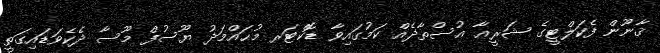
ޤާނޫން ފެކަލްޓީގެ ޝަރީޢާ އުސްތާޛެއް ކަމުގައިވާ ޑޮކްޓަރ މުޙައްމަދު ޔޫސުފް މޫސާ ދެކެވަޑައިގަތީ